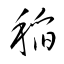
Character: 稲